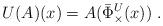
LaTeX: \begin{align*}U(A)(x)=A(\bar{\Phi}_\times^U(x))\;.\end{align*}